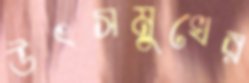
উৎসমুখের